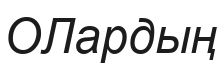
ОЛардың